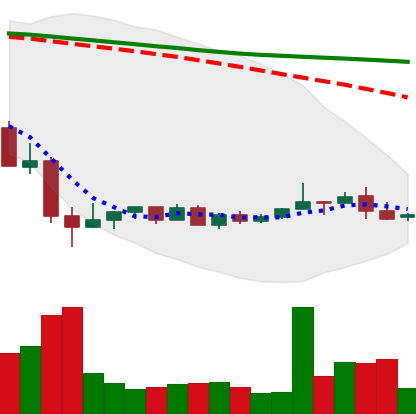
Ticker: NEO-USD
Chart end date: 2022-05-28
Forward return: 9.152%
Label: up_7plus